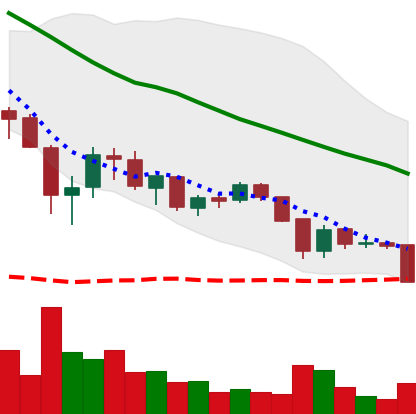
Ticker: XRP-USD
Chart end date: 2018-05-28
Forward return: 16.504%
Label: up_7plus